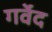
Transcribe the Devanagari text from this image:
गर्वेद